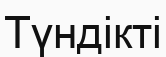
Түндікті